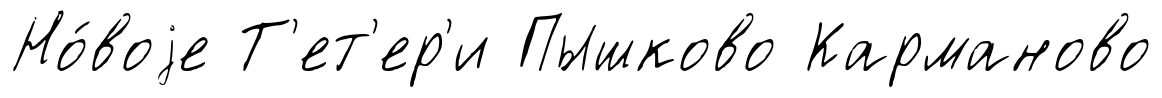
Но́воjе Т'ет'ер'и Пышково Карманово